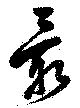
最